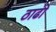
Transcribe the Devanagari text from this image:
ठाढी